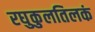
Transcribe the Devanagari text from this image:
रघुकुलतिलकं